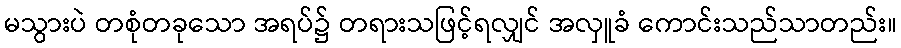
မသွားပဲ တစုံတခုသော အရပ်၌ တရားသဖြင့်ရလျှင် အလှူခံ ကောင်းသည်သာတည်း။